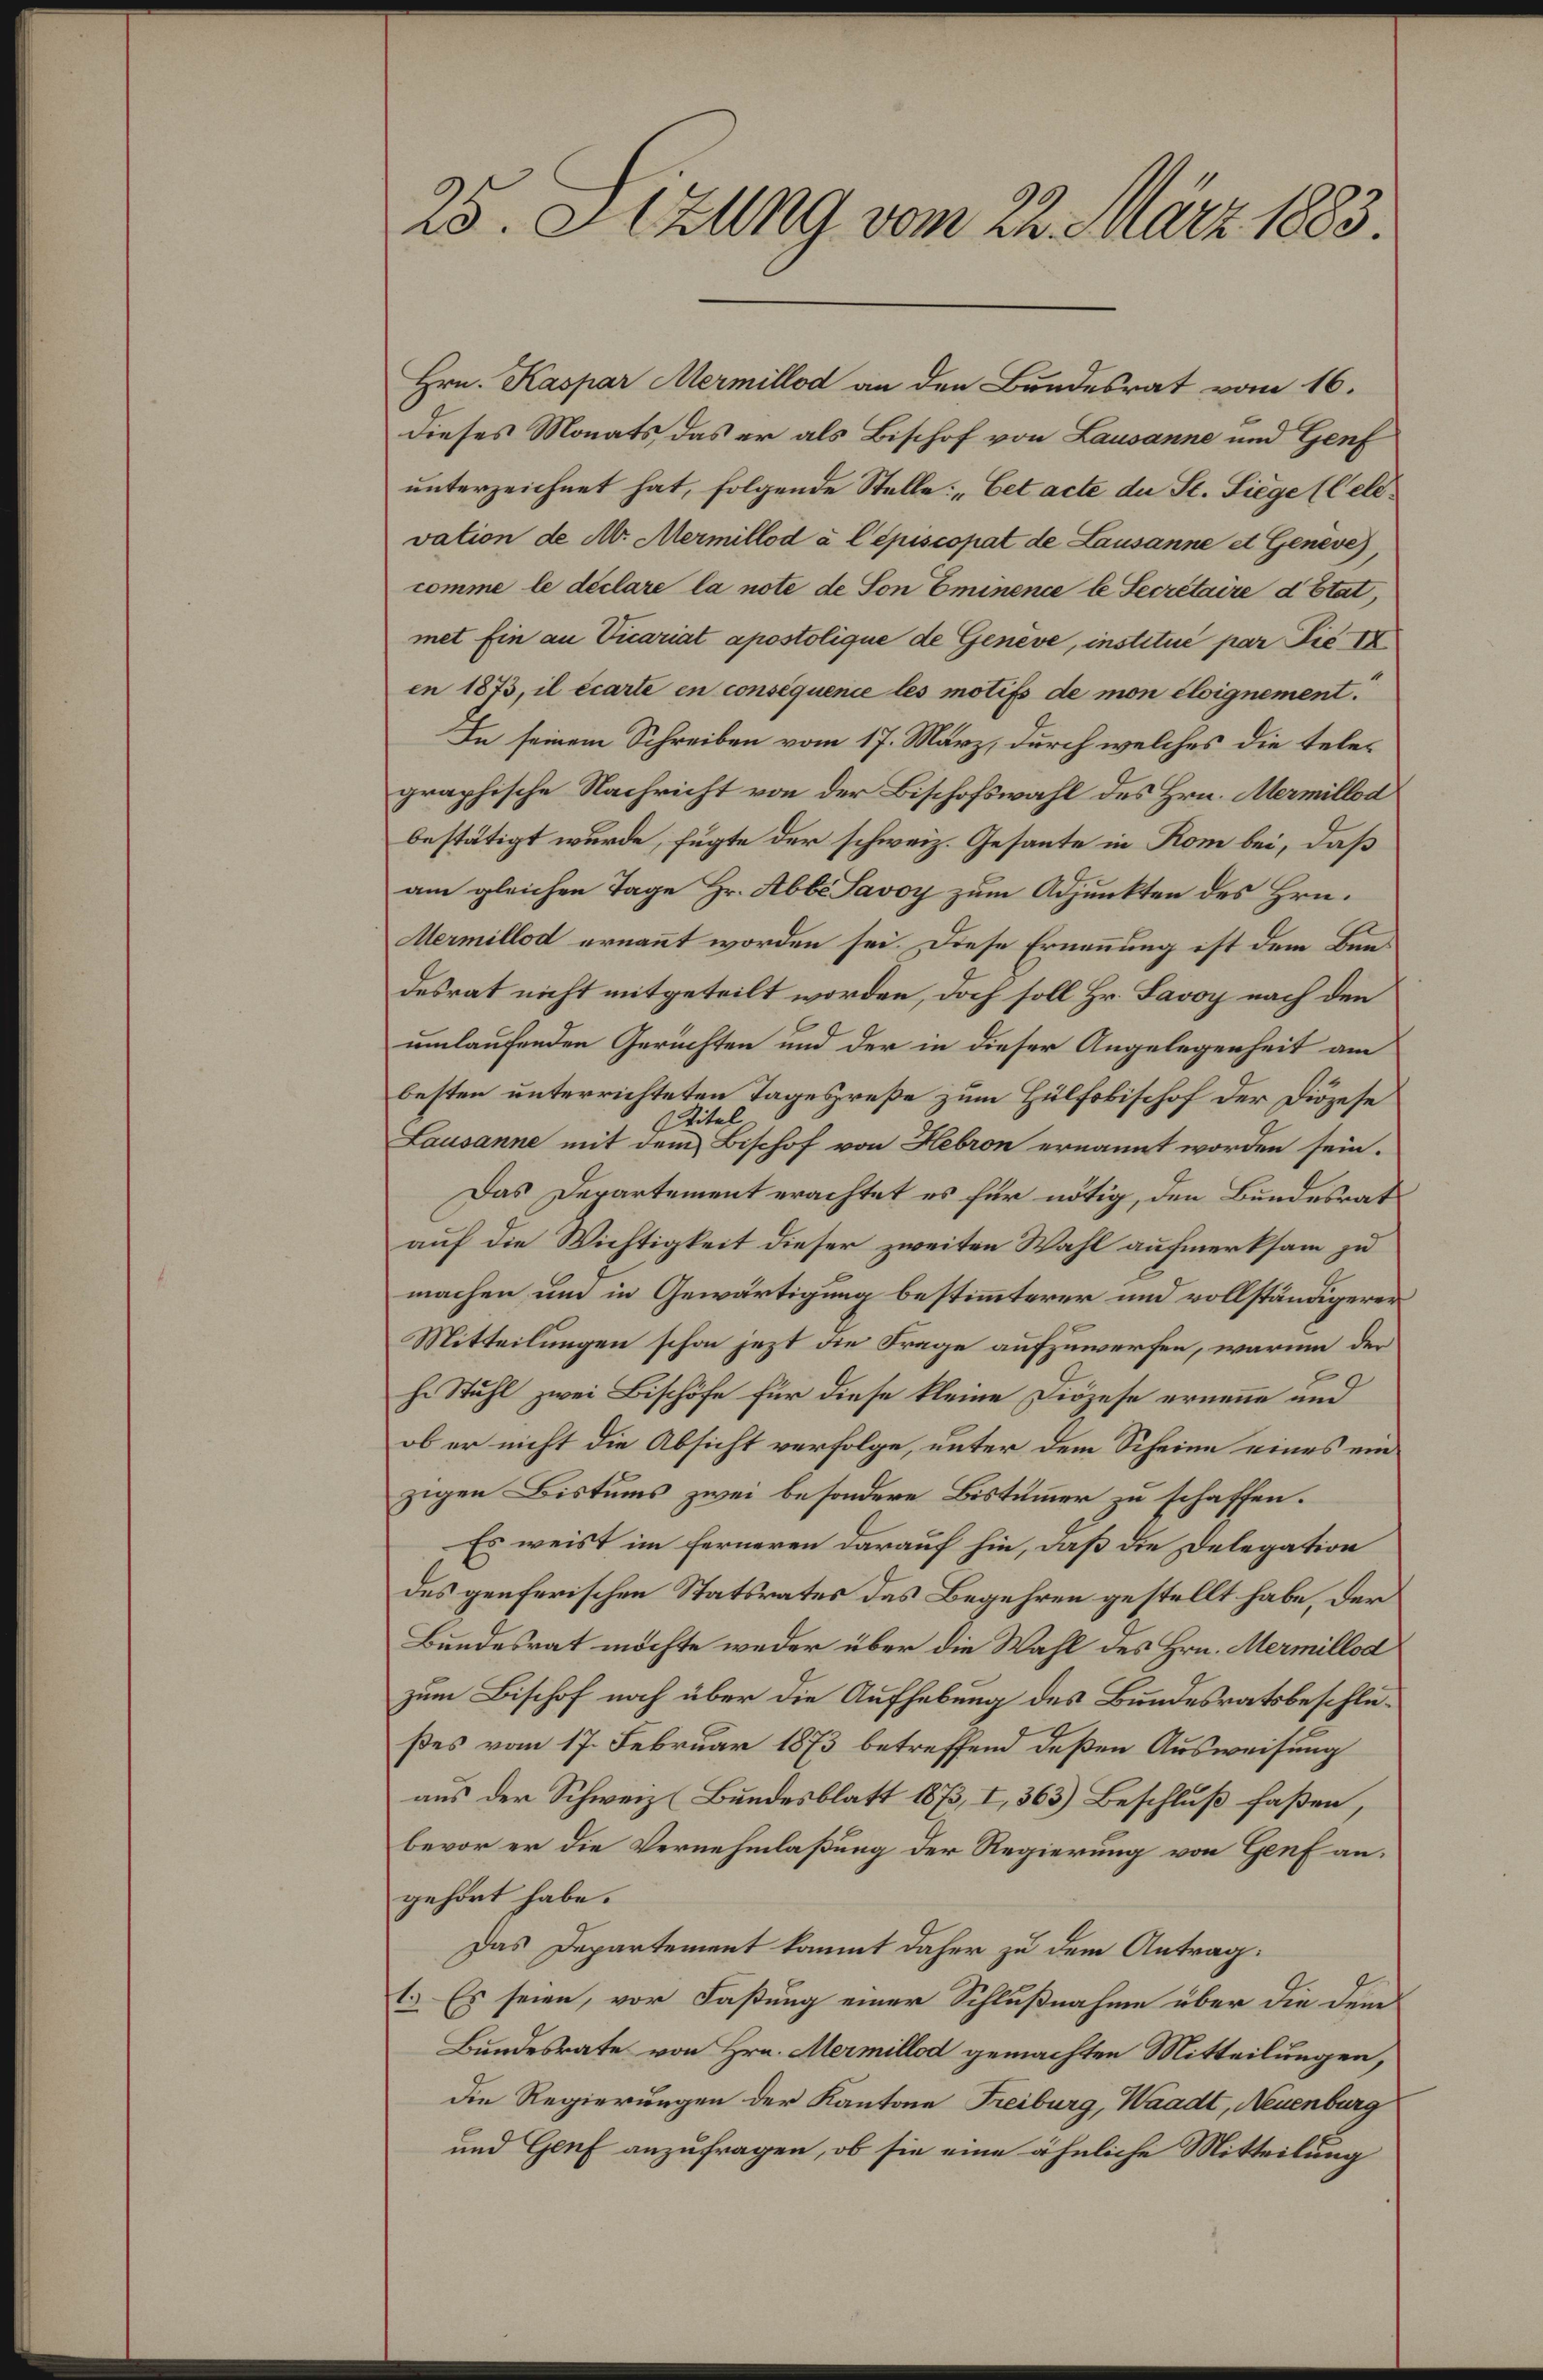
25. Sizung vom 22. März 1883.

Hrn. Kaspar Mermillod an den Bundesrat vom 16.
dieses Monats das er als Bischof von Lausanne und Genf
unterzeichnet hat, folgende Stelle: „Cet acte der St. Siege (Cell
vation de M. Mermillod à l’épiscopat de Lausanne et Geneve),
comme le déclare la note de Son Eminence le Secretaire d’Etat,
met Ein an Vicariat apostolique de Genève, institue par die IX
en 1873, il écarte en conséquence les motifs de mon éloignement.
In seinem Schreiben vom 17. März, durch welches die telegraphische Nachricht von der Bischofswahl des Hrn. Mermillod
bestätigt wurde, fügte der schweiz. Gesante in Rom bei, daß
am gleichen Tage Hr. Abbe Savoy zum Adjunkten des Hrn.
Mermillod ernannt worden sei. Diese Ernennung ist dem Bundesrat nicht mitgeteilt worden, doch soll Hr. Savoy nach den
umlaufenden Gerichten und der in dieser Angelegenheit am
besten unterrichteten Tagespreße zum Hülfskischof der Diözese
Titel
Lausanne mit dem Bischof von Hebron ernannt worden sein.
Das Departement erachtet es für nötig, den Bundesrat
auf die Wichtigkeit dieser zweiten Wahl aufmerksam zu
machen um in Gewärtigung bestimmterer und vollständigerer
Mitteilungen schon jezt die Frage aufzuwerfen, warum der
he Stuhl zwei Bischöfe für diese kleine Diözese ernenne und
ob er nicht die Absicht verfolge, unter dem Scheine eines ein
zigen Bistums zwei besondere Bistummer zu schaffen.
Es weist im ferneren darauf hin, daß die Delegation
des genferischen Statsrates das Begehren gestellt habe, der
Bundesrat möchte weder über die Wahl des Hrn. Mermillod
zum Bischof noch über die Aufhebung des Bundesratsbeschlußes vom 17. Februar 1873 betreffend deßen Ausweisung
aus der Schweiz (Bundesblatt 1873, I, 363) Beschluß faßen,
bevor er die Vernehmlaßung der Regierung von Genf angehört habe.
Das Departement kommt daher zu dem Antrag:
1.) Es seien, vor Faßung einer Schlußnahme über die dem
Bundesrate von Hrn. Mermillod gemachten Mitteilungen,
die Regierungen der Kantone Freiburg, Waadt, Neuenburg
und Genf anzufragen, ob sie eine ähnliche Mitteilung